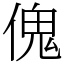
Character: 傀